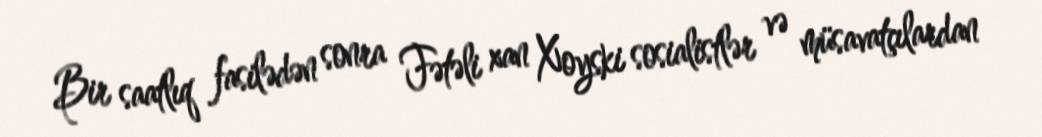
Bir saatlıq fasilədən sonra Fətəli xan Xoyski sosialistlər və müsavatçılardan